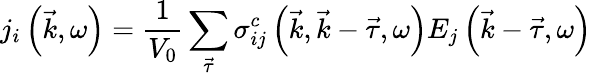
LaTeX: j_{i}\left(\vec{k},\omega\right)=\frac 1{V_{0}}\sum_{\vec{\tau}}\sigma_{ij}^{c}\left(\vec{k},\vec{k}-\vec{\tau},\omega\right)E_{j}\left(\vec{k}-\vec{\tau},\omega\right)